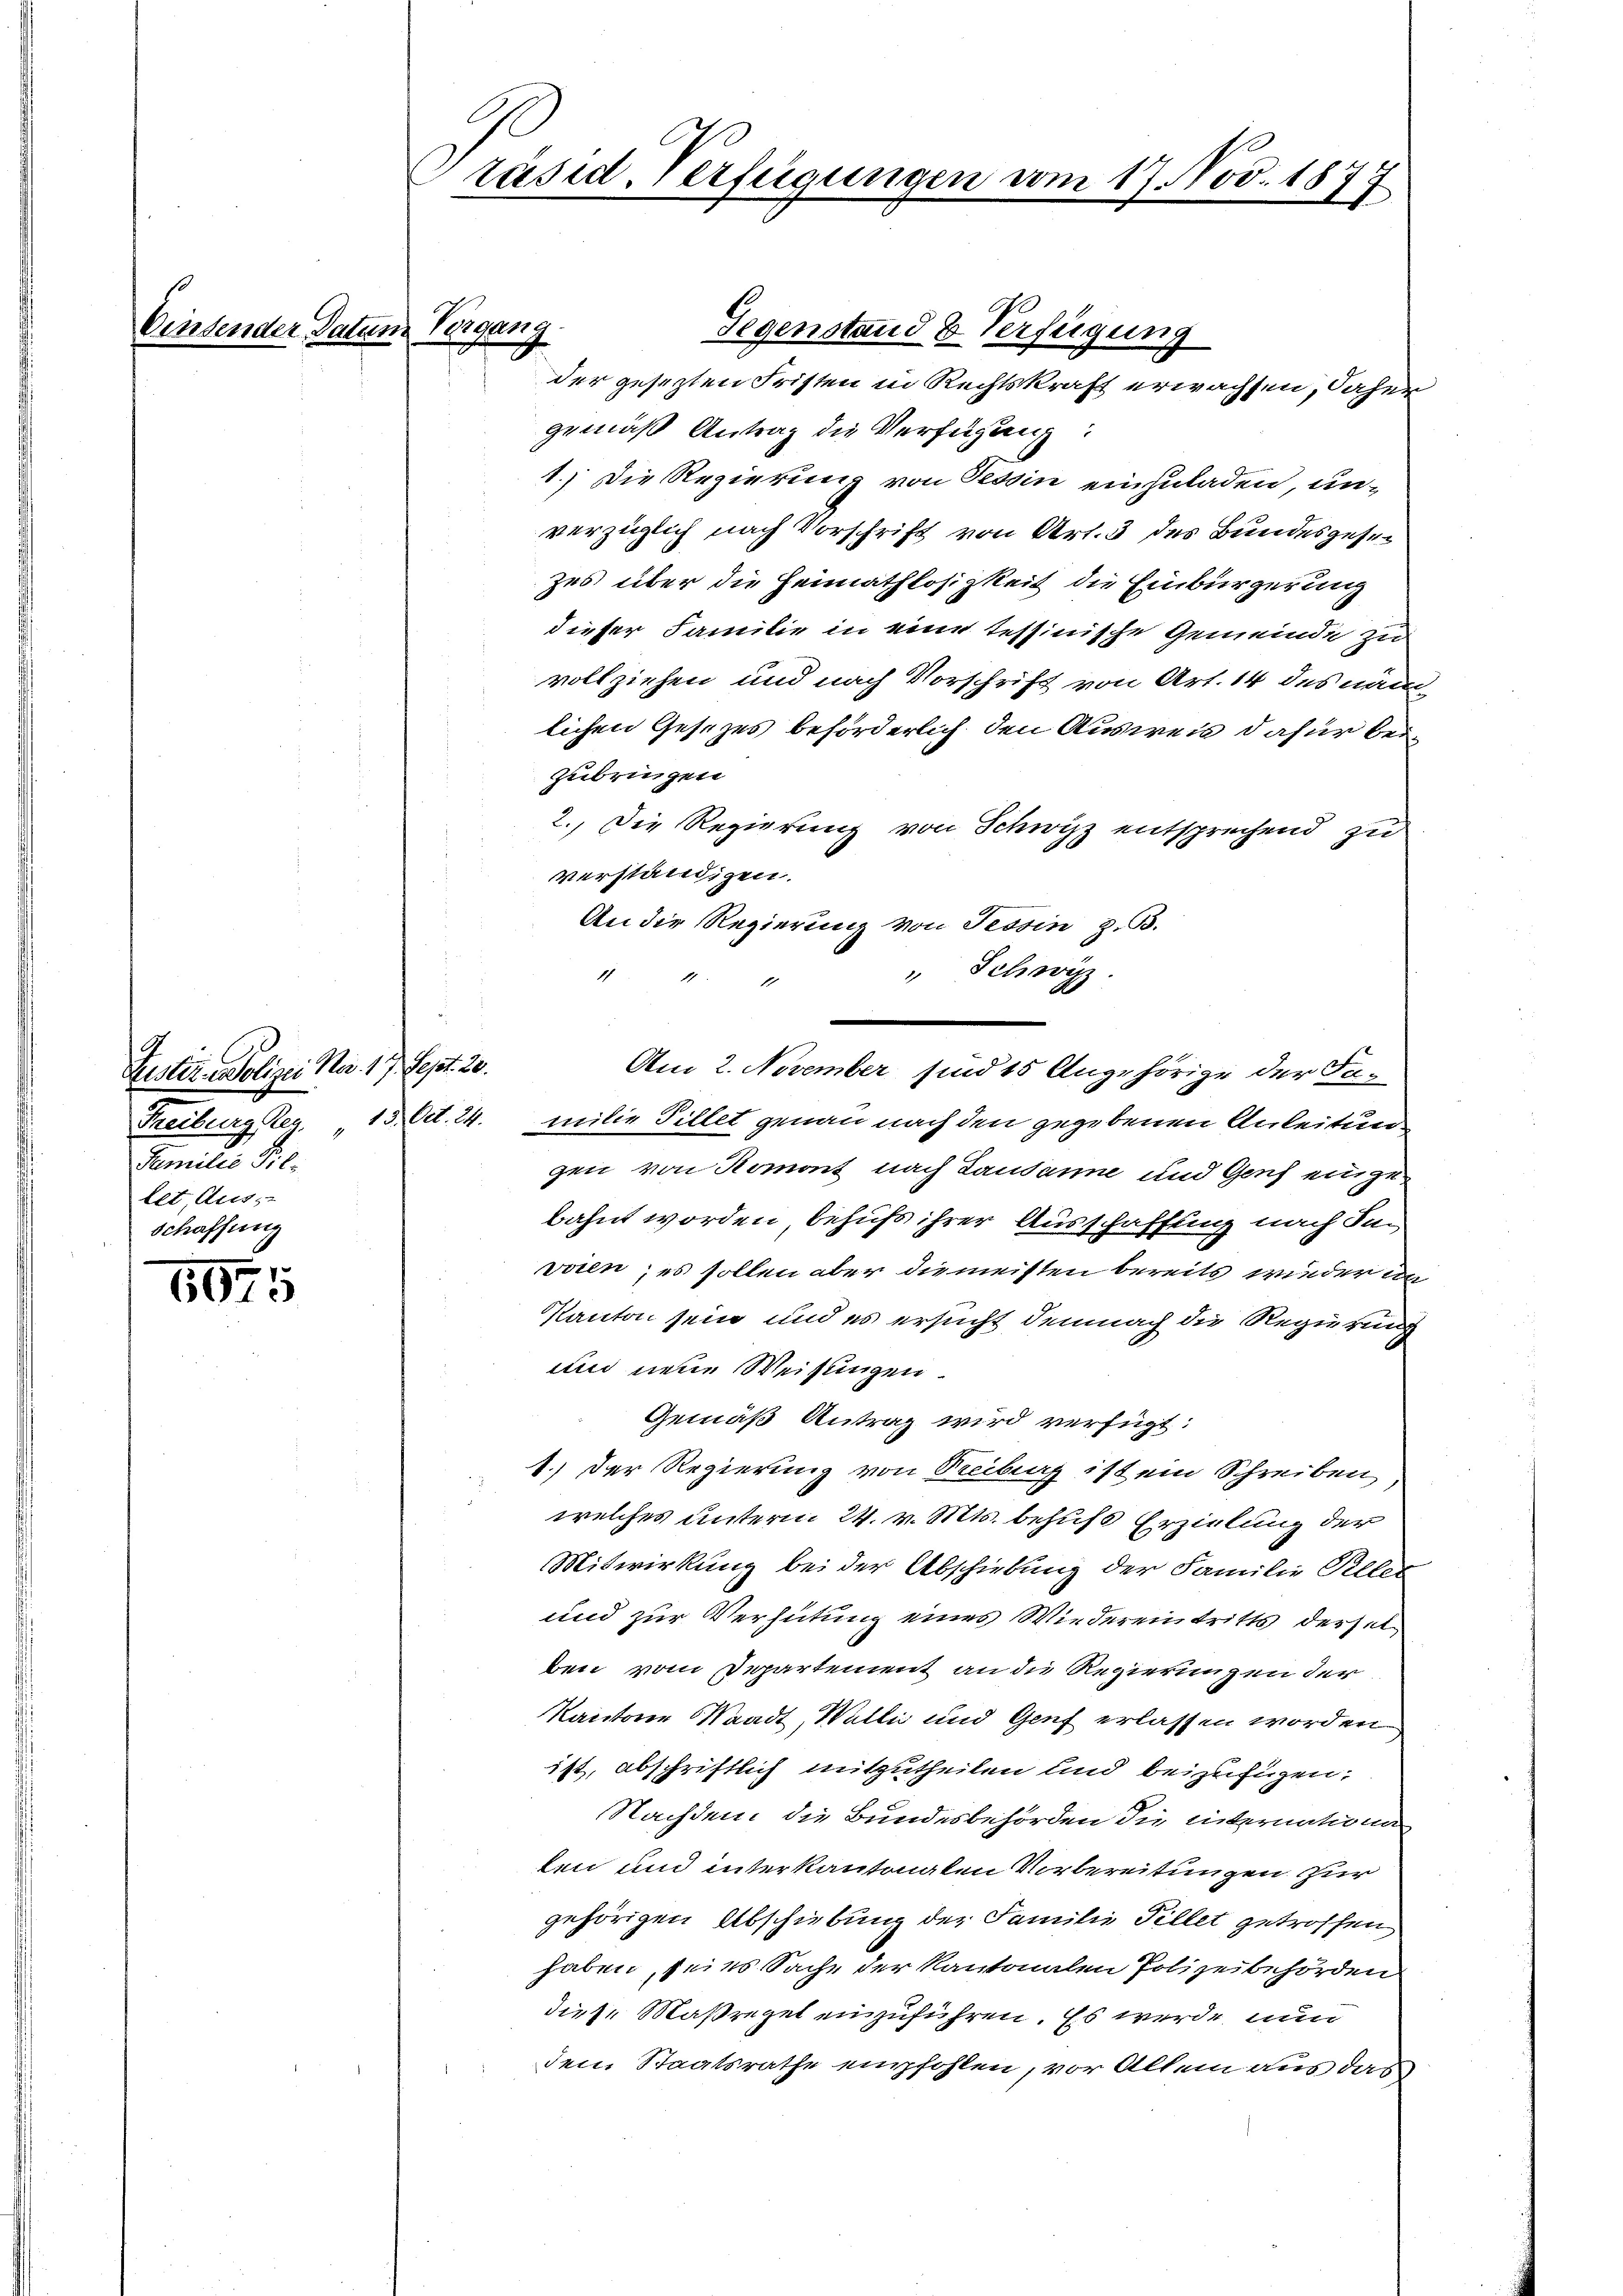
Einsender Datum Vergang

1975

Puster Polizei Na. 17. Sept. 20.
Freiburg Reg.
Familie Tillet, Aus-
schaffung

Präsid. Verfügungen vom 17. Nov. 1877

A
Gegenstand & Verfügung
der gesezten Fristen in Rechtskraft erwachsen, daher
gemäß Antrag die Verfügung:
1.) Die Regierung von Tessin einzuladen, un-
verzüglich nach Vorschrift von Art. 3 des Bundesgesezes über die Heimathlosigkeit die Einbürgerung
dieser Familie in eine tessinische Gemeinde zu
vollziehen und nach Vorschrift von Art. 14 des nachlichen Gesetzes beförderlich den Ausweis dafür beizubringen
2., Die Regierung von Schwyz entsprechend zu
verständigen.
An die Regierung von Tessin, z. B.
" Schw
1
13. Oct. 24. milie Tillet genau nach den gegebenen Anleitungen von Romont nach Lausanne und Genf einzubahnt worden behufs ihrer Ausschaffung nach den
voten, es sollen aber die meisten bereits wieder in
Kanton sein und es ersucht demnach die Regierung
und neue Weisungen.
Gemäß Antrag wird verfügt:
1.) Der Regierung von Reiberg ist ein Schreiben
 welches unterm 24. v. Mts. behufs Erzielung der
Mitwirkung bei der Abschiebung der Familie Pillet
und zur Verhütung eines Wiedereintritts derselben vom Departement an die Regierungen der
Kantone Waadt, Walli und Genf erlassen worden
ist, abschriftlich mitzutheilen und beizufügen.
Nachdem die Bundesbehörden die internatione
ten und interkantonalen Vorbereitungen zur
gehörigen Abschiebung der Familie Fillet getroffen
haben, seies Sache der Kantonalen Polizeibehörden
diese Maßregel einzuführen. Es werde nun
den Staatsrathe empfohlen, vor Allem aus das

Am 2. November sind 15 Angehörige der Fa¬